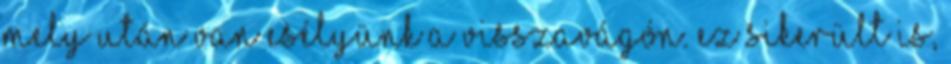
mely után van esélyünk a visszavágón. Ez sikerült is,